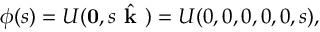
\phi ( s ) = U ( \mathbf { 0 } , s \hat { \textbf { k } } ) = U ( 0 , 0 , 0 , 0 , 0 , s ) ,